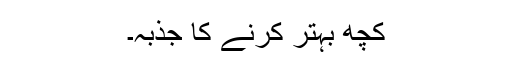
کچھ بہتر کرنے کا جذبہ۔